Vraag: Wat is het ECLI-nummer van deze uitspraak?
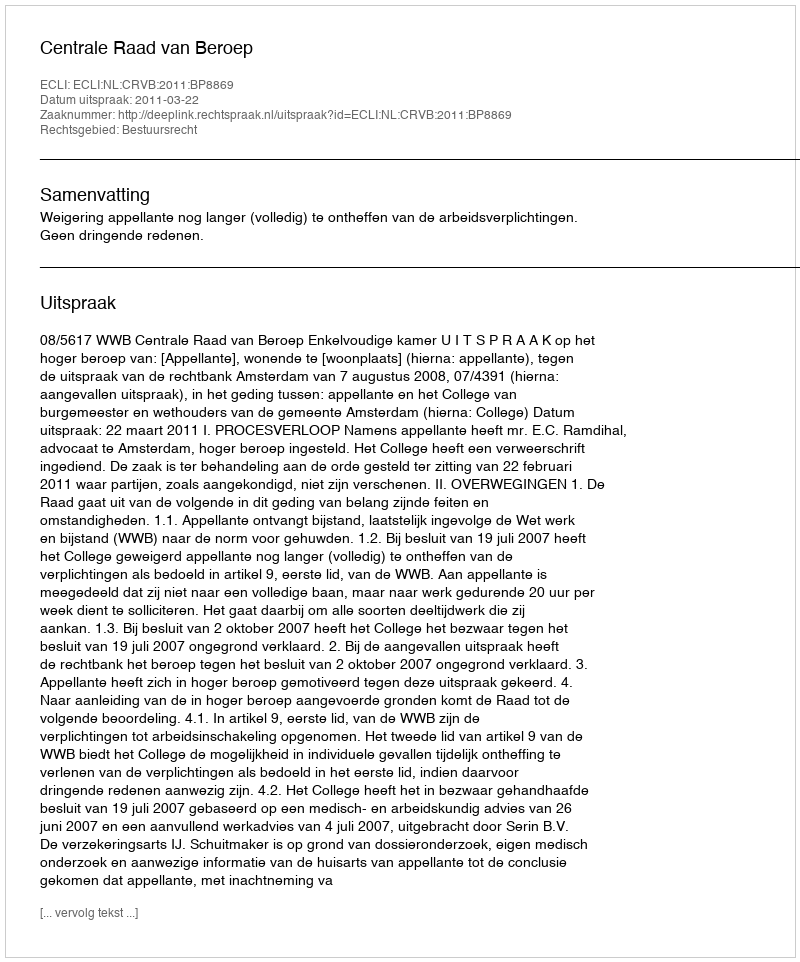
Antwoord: ECLI:NL:CRVB:2011:BP8869